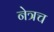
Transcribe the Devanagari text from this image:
नेत्रच